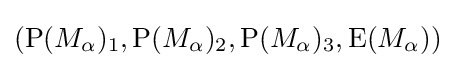
({\text{P}}(M_{\alpha })_{1},{\text{P}}(M_{\alpha })_{2},{\text{P}}(M_{\alpha })_{3},{\text{E}}(M_{\alpha }))